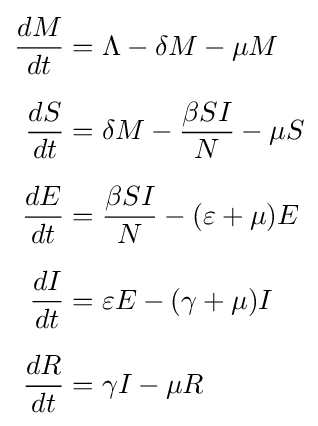
{\begin{aligned}{\frac {dM}{dt}}&=\Lambda -\delta M-\mu M\\[6pt]{\frac {dS}{dt}}&=\delta M-{\frac {\beta SI}{N}}-\mu S\\[6pt]{\frac {dE}{dt}}&={\frac {\beta SI}{N}}-(\varepsilon +\mu )E\\[6pt]{\frac {dI}{dt}}&=\varepsilon E-(\gamma +\mu )I\\[6pt]{\frac {dR}{dt}}&=\gamma I-\mu R\end{aligned}}